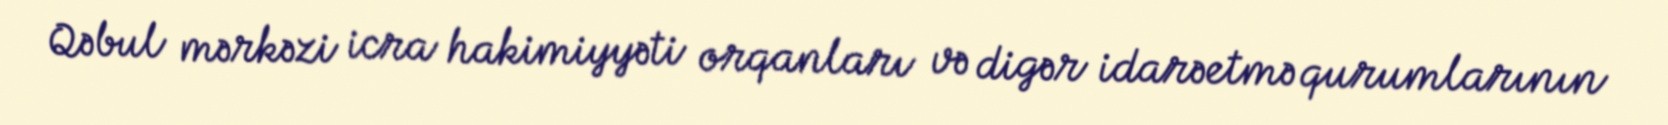
Qəbul mərkəzi icra hakimiyyəti orqanları və digər idarəetmə qurumlarının